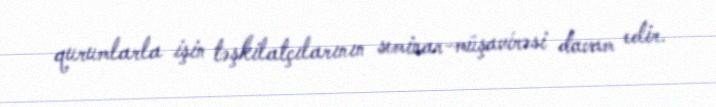
qurumlarla işin təşkilatçılarının seminar-müşavirəsi davam edir.